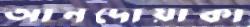
আনদোয়াকা